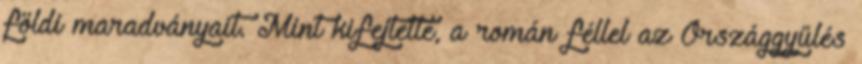
földi maradványait. Mint kifejtette, a román féllel az Országgyűlés